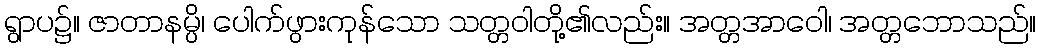
ရွာပ၌။ ဇာတာနမ္ပိ၊ ပေါက်ဖွားကုန်သော သတ္တဝါတို့၏လည်း။ အတ္တအာဝေါ၊ အတ္တဘောသည်။